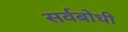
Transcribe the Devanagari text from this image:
सर्वबोधी